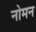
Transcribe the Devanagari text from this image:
नोमन